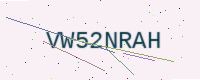
Text: VW52NRAH